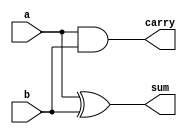
module half_adder(
    input a, b,
    output sum, carry
);

assign sum = a ^ b; // XOR operation for sum
assign carry = a & b; // AND operation for carry

endmodule